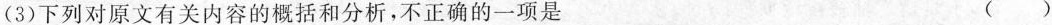
(3)下列对原文有关内容的概括和分析，不正确的一项是 ( )